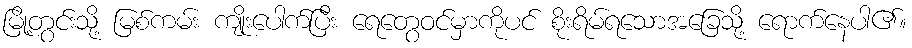
မြို့တွင်းသို့ မြစ်ကမ်း ကျိုးပေါက်ပြီး ရေတွေဝင်မှာကိုပင် စိုးရိမ်ရသောအခြေသို့ ရောက်နေပါ၏။